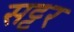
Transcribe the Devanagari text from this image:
सट्टर